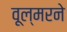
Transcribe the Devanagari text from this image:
वूल्मरने